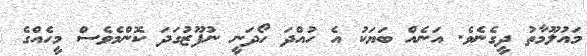
މައުލޫމާތު ދީގެނެވެ. އަނެއް ބަޔަކު އެ ހުއްދަ ހޯދަނީ ނުފޫޒުގަދަ ކޮންމެވެސް މީހެއްގެ